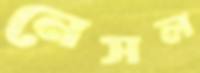
নেসল